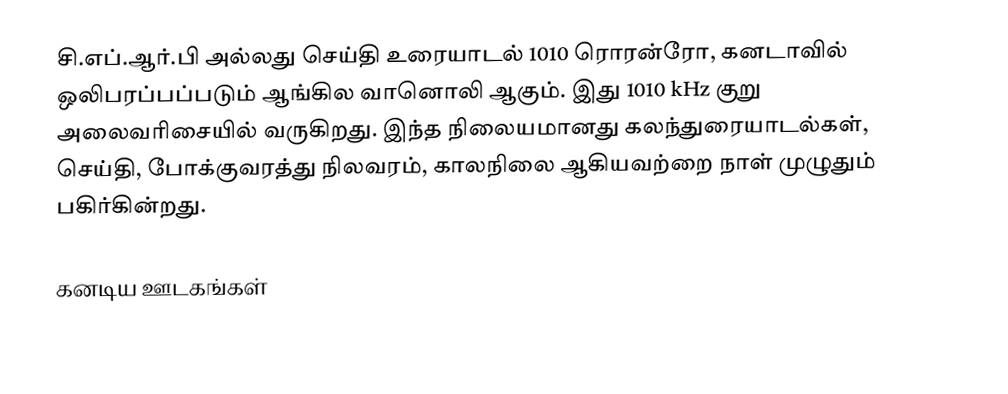
சி.எப்.ஆர்.பி அல்லது செய்தி உரையாடல் 1010 ரொரன்ரோ, கனடாவில் ஒலிபரப்பப்படும் ஆங்கில வானொலி ஆகும்.  இது 1010 kHz குறு அலைவரிசையில் வருகிறது.  இந்த நிலையமானது கலந்துரையாடல்கள், செய்தி, போக்குவரத்து நிலவரம், காலநிலை ஆகியவற்றை நாள் முழுதும் பகிர்கின்றது.

கனடிய ஊடகங்கள்